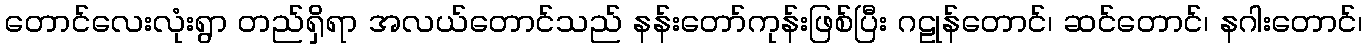
တောင်လေးလုံးရွာ တည်ရှိရာ အလယ်တောင်သည် နန်းတော်ကုန်းဖြစ်ပြီး ဂဠုန်တောင်၊ ဆင်တောင်၊ နဂါးတောင်၊